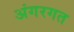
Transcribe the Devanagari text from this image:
अंगरगत